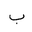
Letter: _ba